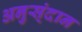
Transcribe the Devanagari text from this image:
अनुस्ंदान